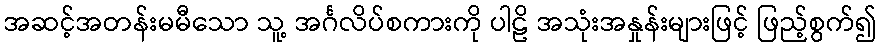
အဆင့်အတန်းမမီသော သူ့ အင်္ဂလိပ်စကားကို ပါဠိ အသုံးအနှုန်းများဖြင့် ဖြည့်စွက်၍